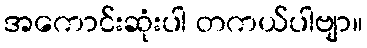
အကောင်းဆုံးပါ တကယ်ပါဗျာ။